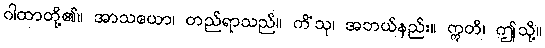
ဂါထာတို့၏။ အာသယော၊ တည်ရာသည်။ ကိံသု၊ အဘယ်နည်း။ ဣတိ၊ ဤသို့။